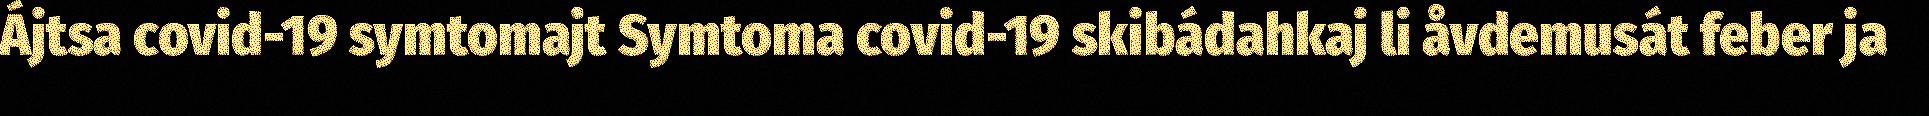
Ájtsa covid-19 symtomajt Symtoma covid-19 skibádahkaj li åvdemusát feber ja